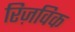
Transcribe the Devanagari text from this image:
रिज़विक